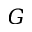
G